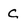
Character: c